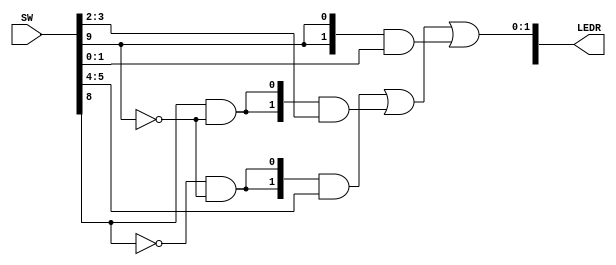
module part3 (SW, LEDR);
	input [9:0] SW;
	output [9:0] LEDR;
	
	wire [1:0] S, U, V, W, M;
	
	assign S = SW[9:8];
	assign U = SW[5:4];
	assign V = SW[3:2];
	assign W = SW[1:0];
	
	assign M = {~S[0]&~S[1], ~S[0]&~S[1]} & U | {S[0]&~S[1], S[0]&~S[1]} & V | {S[1], S[1]} & W;
	
	assign LEDR[1:0] = M;
endmodule